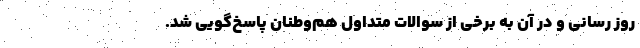
روز رسانی و در آن به برخی از سوالات متداول هم‌وطنان پاسخ‌گویی شد.